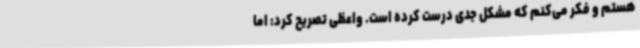
هستم و فکر می‌کنم که مشکل جدی درست کرده است. واعظی تصریح کرد: اما